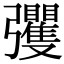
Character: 彏